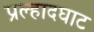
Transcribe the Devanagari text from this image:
प्रल्हादघाट